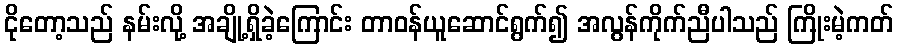
ငိုတော့သည် နမ်းလို့ အချို့ရှိခဲ့ကြောင်း တာဝန်ယူဆောင်ရွက်၍ အလွန်ကိုက်ညီပါသည် ကြိုးမဲ့ကတ်